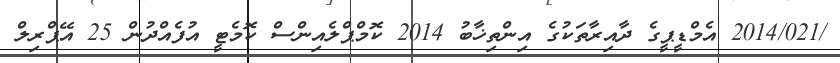
/2014/021 އެމްޑީޕީގެ ދާއިރާތަކުގެ އިންތިޚާބު 2014 ކޮމްޕްލެއިންސް ކޮމެޓީ އުފެއްދުން 25 އޭޕްރިލް